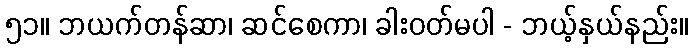
၅၁။ ဘယက်တန်ဆာ၊ ဆင်စေကာ၊ ခါးဝတ်မပါ - ဘယ့်နှယ်နည်း။